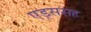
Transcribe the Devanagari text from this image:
एड्ससह